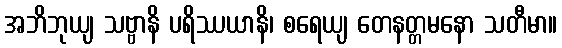
အဘိဘုယျ သဗ္ဗာနိ ပရိဿယာနိ၊ စရေယျ တေနတ္တမနော သတီမာ။